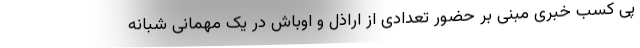
پی کسب خبری مبنی بر حضور تعدادی از اراذل و اوباش در یک مهمانی شبانه